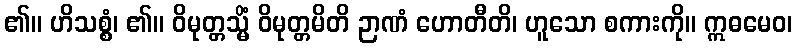
၏။ ဟိသစ္စံ၊ ၏။ ဝိမုတ္တသ္မိံ ဝိမုတ္တမိတိ ဉာဏံ ဟောတီတိ၊ ဟူသော စကားကို။ ဣဓမေဝ၊